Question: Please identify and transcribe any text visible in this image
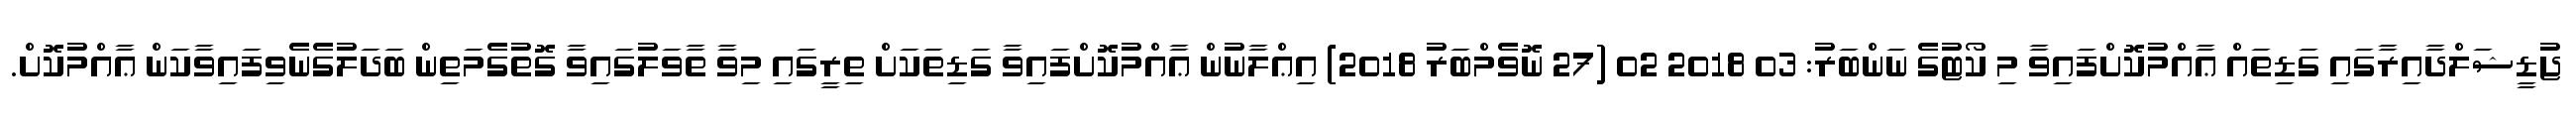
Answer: ޖުޑީޝަލްދާއިރާގައި ގަޑިތައް ޢާއްމުކޮށްފައިވާ މި ކޯޓުގެ ނަންބަރު: 03 2018 02 (27 ނޮވެމްބަރު 2018) އިޢްލާނުން ޢާއްމުކޮށްފައިވާ ގަޑިތަކަށް ތިރީގައި މިވާ ތާވަލުގައިވާ ގޮތުގެމަތިން ބަދަލުގެނެވިފައިވާކަން ޢާއްމުކޮށް.